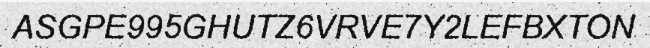
ASGPE995GHUTZ6VRVE7Y2LEFBXTON